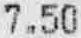
7.50